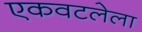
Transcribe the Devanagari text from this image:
एकवटलेला